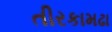
તીરકામઢા